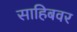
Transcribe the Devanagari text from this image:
साहिबवर